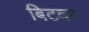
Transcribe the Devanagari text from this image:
बिटदर